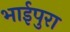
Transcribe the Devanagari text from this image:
भाईपुरा